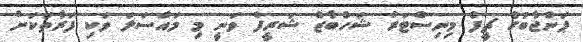
ޕަންޖާބުގެ ޗީފް މިނިސްޓަރު ޝަހްބާޒް ޝަރީފް ވަނީ މި މައްސަލަ ވަކި ފަރާތަަކަށް